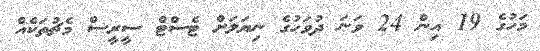
މަހުގެ 19 އިން 24 ވަނަ ދުވަހުގެ ނިޔަލަށް ޓެސްޓް ސީރީސް މެޗުތަކެއް